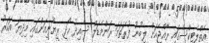
އެތްލެޓިކްސްގައި ރާއްޖެއަށް ލިބުނު ފުރަތަމަ ރަންމެޑަލް ސާއިދު ހޯދީ ރީޔޫނިއަންގައި މިދިޔަ އަހަރު